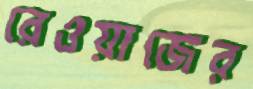
রেওয়াজের